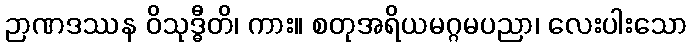
ဉာဏဒဿန ဝိသုဒ္ဓီတိ၊ ကား။ စတုအရိယမဂ္ဂမပညာ၊ လေးပါးသော